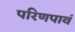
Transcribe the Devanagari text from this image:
परिणपावं